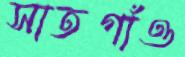
সাতগাঁও